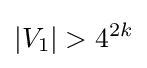
|V_{1}|>4^{2k}